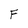
Character: F